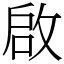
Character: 啟